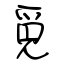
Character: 覓